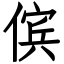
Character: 傧